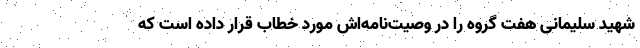
شهید سلیمانی هفت گروه را در وصیت‌نامه‌اش مورد خطاب قرار داده است که